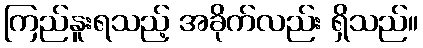
ကြည်နူးရသည့် အခိုက်လည်း ရှိသည်။